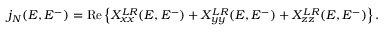
\begin{array} { r } { j _ { N } ( E , E ^ { - } ) = \mathrm { R e } \left\{ X _ { x x } ^ { L R } ( E , E ^ { - } ) + X _ { y y } ^ { L R } ( E , E ^ { - } ) + X _ { z z } ^ { L R } ( E , E ^ { - } ) \right\} . } \end{array}